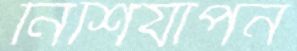
নিশিযাপন